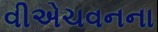
વીએચવનના